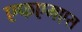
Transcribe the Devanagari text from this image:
एफएमएस